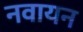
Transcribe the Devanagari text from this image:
नवायन